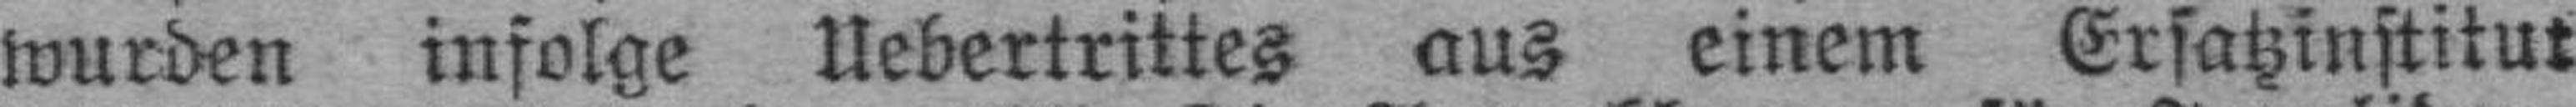
wurden infolge Uebertrittes aus einem Ersatzinstitut